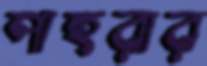
পাহরার